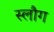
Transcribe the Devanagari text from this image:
स्लौग